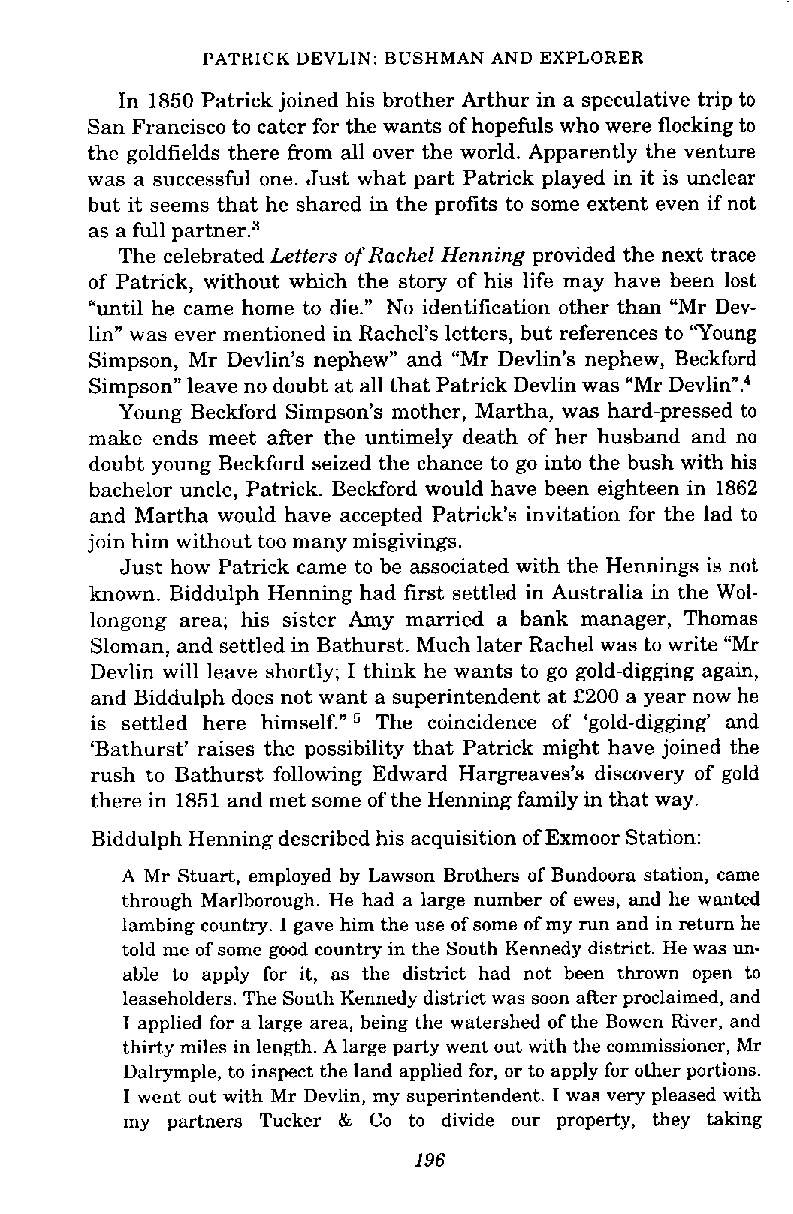
PATRICK DEVLIN: BUSHMAN AND EXPLORER
 In 1850 Patrick joined his brother Arthur in a speculative trip to
 San Francisco to cater for the wants of hopefuls who were flocking to
 the goldfields there from all over the world. Apparently the venture
 was a successful one. Just what part Patrick played in it is unclear
 but it seems that he shared in the profits to some extent even if not
 as a full ~artner.~
 The celebrated Letters of Rachel Henning provided the next trace
 of Patrick, without which the story of his life may have been lost
 "until he came home to die." No identification other than "Mr Dev-
 lin" was ever mentioned in Rachel's letters, but references to 'Young
 Simpson, Mr Devlin's nephew" and "Mr Devlin's nephew, Beckford
 Simpson" leave no doubt at all that Patrick Devlin was "Mr Devlin"?
 Young Beckford Simpson's mother, Martha, was hard-pressed to
 make ends meet after the untimely death of her husband and no
 doubt young Beckford seized the chance to go into the bush with his
 bachelor uncle, Patrick. Beckford would have been eighteen in 1862
 and Martha would have accepted Patrick's invitation for the lad to
 join him without too many misgivings.
 Just how Patrick came to be associated with the Hennings is not
 known. Biddulph Henning had first settled in Australia in the Wol-
 longong area; his sister Amy married a bank manager, Thomas
 Sloman, and settled in Bathurst. Much later Rachel was to write "Mr
 Devlin will leave shortly; I think he wants to go gold-digging again,
 and Biddulph does not want a superintendent at £200 a year now he
 is settled here himself." The coincidence of 'gold-digging' and
 'Bathurst' raises the possibility that Patrick might have joined the
 rush to Bathurst following Edward Hargreaves's discovery of gold
 there in 1851 and met some of the Henning family in that way.
 Biddulph Henning described his acquisition of Exmoor Station:
 A Mr Stuart, employed by Lawson Brothers of Bundoora station, came
 through Marlborough. He had a large number of ewes, and he wanted
 lambing country. I gave him the use of some of my run and in return he
 told me of some good country in the South Kennedy district. He was un-
 able to apply for it, as the district had not been thrown open to
 leaseholders. The South Kennedy district was soon aRer proclaimed, and
 I applied for a large area, being the watershed of the Bowen River, and
 thirty miles in length. A large party went out with the commissioner, Mr
 Dalrymple, to inspect the land applied for, or to apply for other portions.
 I went out with Mr Devlin, my superintendent. I was very pleased with
 my partners Tucker & Co to divide our property, they taking
 196